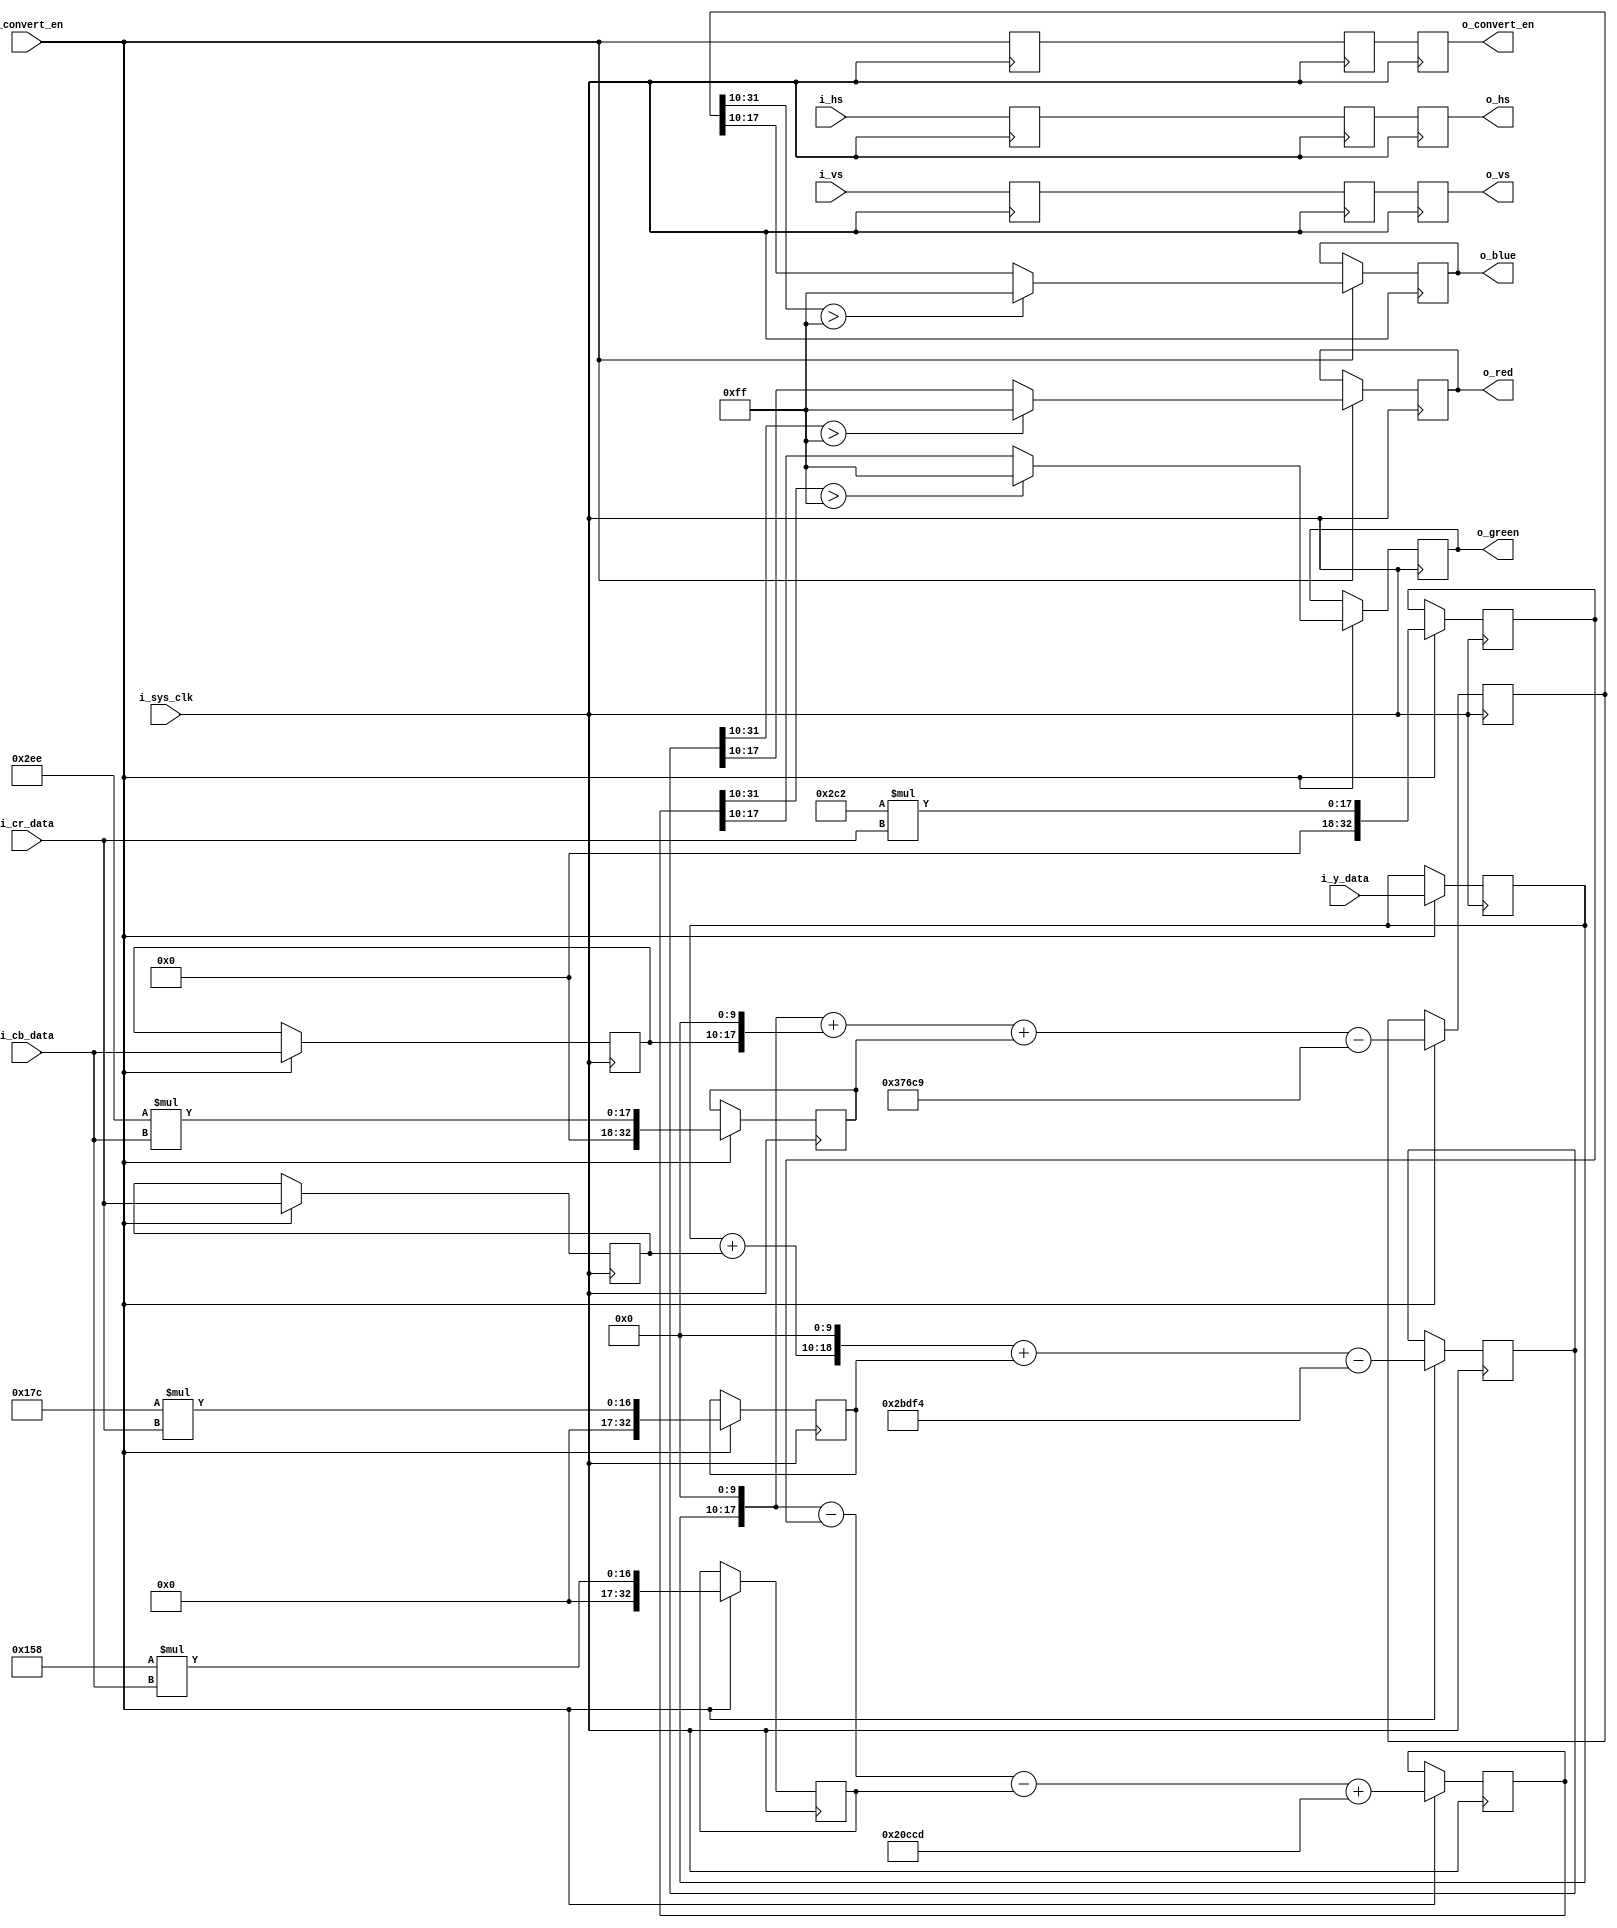

`timescale    1ns/1ps
module YCbCr2RGB
(
    input                             	i_sys_clk           ,

	input								i_vs				,
	input								i_hs				,
    input                             	i_convert_en        ,
    input            [7:0]            	i_y_data            ,
    input            [7:0]            	i_cr_data           ,
    input            [7:0]            	i_cb_data           ,


	output								o_vs				,
	output								o_hs				,
    output                             	o_convert_en        ,
    output    reg    [7:0]            	o_red               ,
    output    reg    [7:0]            	o_green             ,
    output    reg    [7:0]            	o_blue
);

reg		i_vs_d1;
reg		i_vs_d2;
reg		i_vs_d3;


reg		i_hs_d1;
reg		i_hs_d2;
reg		i_hs_d3;


reg		i_convert_en_d1;
reg		i_convert_en_d2;
reg		i_convert_en_d3;

always@(posedge i_sys_clk)begin

	i_vs_d1 <= i_vs;
	i_vs_d2 <= i_vs_d1;
	i_vs_d3 <= i_vs_d2;

	i_hs_d1 <= i_hs;
	i_hs_d2 <= i_hs_d1;
	i_hs_d3 <= i_hs_d2;

	i_convert_en_d1 <= i_convert_en;
	i_convert_en_d2 <= i_convert_en_d1;
	i_convert_en_d3 <= i_convert_en_d2;
end

assign o_vs = i_vs_d3;
assign o_hs = i_hs_d3;
assign o_convert_en = i_convert_en_d3;

    reg            [7:0]             r_y_data         ;
    reg            [7:0]             r_cb_data        ;
    reg            [7:0]             r_cr_data        ;
    reg            [32:0]            r_r_ypart        ;
    reg            [32:0]            r_r_crpart       ;
    reg            [32:0]            r_g_ypart        ;
    reg            [32:0]            r_g_crpart       ;
    reg            [32:0]            r_g_cbpart       ;
    reg            [32:0]            r_b_ypart        ;
    reg            [32:0]            r_b_cbpart       ;
    reg            [32:0]            r_r_sum          ;
    reg            [32:0]            r_g_sum          ;
    reg            [32:0]            r_b_sum          ;

    always@(posedge i_sys_clk)
    begin
        if(i_convert_en)
        begin
            r_y_data  <= i_y_data;
            r_cr_data <= i_cr_data;
            r_cb_data <= i_cb_data;
        end
    end
/******************************************************************************\
RGB(i, j,1) =Y1(i,j)+1.371*(Cr0(i,j)-128);
\******************************************************************************/
    always@(posedge i_sys_clk)
    begin
        if(i_convert_en)
        begin
            r_r_crpart <= 10'd380 * i_cr_data;     //0.594*640 = 610
            r_r_sum    <= ((r_y_data + r_cr_data)<<10) + r_r_crpart - 179700;
        end
    end
/******************************************************************************\
RGB(i, j,2) =Y1(i,j)-0.689*(Cr0(i,j)-128)-0.336*(Cb0(i,j)-128);
\******************************************************************************/
    always@(posedge i_sys_clk)
    begin
        if(i_convert_en)
        begin   
            r_g_crpart <= 10'd706 * i_cr_data;   
            r_g_cbpart <= 10'd344 * i_cb_data;   
            r_g_sum    <= (r_y_data << 10) - r_g_crpart - r_g_cbpart + 134349;
        end
    end
/******************************************************************************\
RGB(i, j,3) =Y1(i,j)+1.732*(Cb0(i,j)-128);
\******************************************************************************/
    always@(posedge i_sys_clk)
    begin
        if(i_convert_en)
        begin
            r_b_cbpart <= 10'd750  * i_cb_data;    
            r_b_sum    <= (r_y_data << 10) + (r_cb_data << 10) + r_b_cbpart - 227017;
        end
    end
/******************************************************************************\
output R
\******************************************************************************/
    always@(posedge i_sys_clk)
    begin
        if(i_convert_en) begin
			if(r_r_sum[31:10]>255)begin
                o_red <= 8'hff;
            end
            else
            begin
                o_red <= r_r_sum[31:10];
            end
        end
    end
/******************************************************************************\
output G
\******************************************************************************/
    always@(posedge i_sys_clk)
    begin
        if(i_convert_en)
        begin if(r_g_sum[31:10]>255)
            begin
                o_green <= 8'hff;
            end
            else
            begin
                o_green <= r_g_sum[31:10];
            end
        end
    end
/******************************************************************************\
output B
\******************************************************************************/
    always@(posedge i_sys_clk)
    begin
        if(i_convert_en)
        begin
            if(r_b_sum[31:10]>255)
            begin
                o_blue <= 8'hff;
            end
            else
            begin
                o_blue <= r_b_sum[31:10];
            end
        end
    end

endmodule